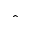
\hat { }